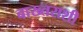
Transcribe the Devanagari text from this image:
बाख्तराशी